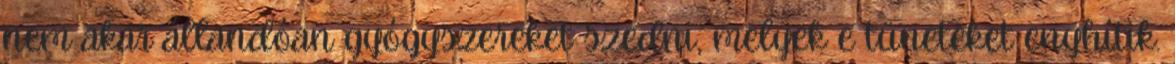
nem akar állandóan gyógyszereket szedni, melyek e tüneteket enyhítik.